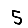
Digit: 5